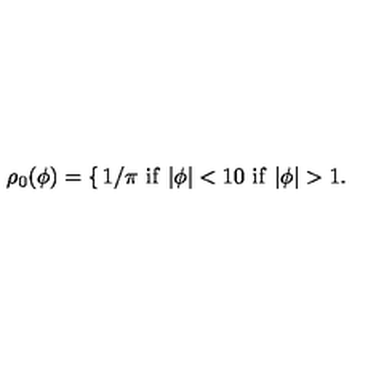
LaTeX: \rho _ { 0 } ( \phi ) = \left\{ \begin{matrix} { 1 / \pi \ \mathrm { i f } \ | \phi | < 1 \hfill } \\ { 0 \ \mathrm { i f } \ | \phi | > 1 . \hfill } \\ \end{matrix} \right.